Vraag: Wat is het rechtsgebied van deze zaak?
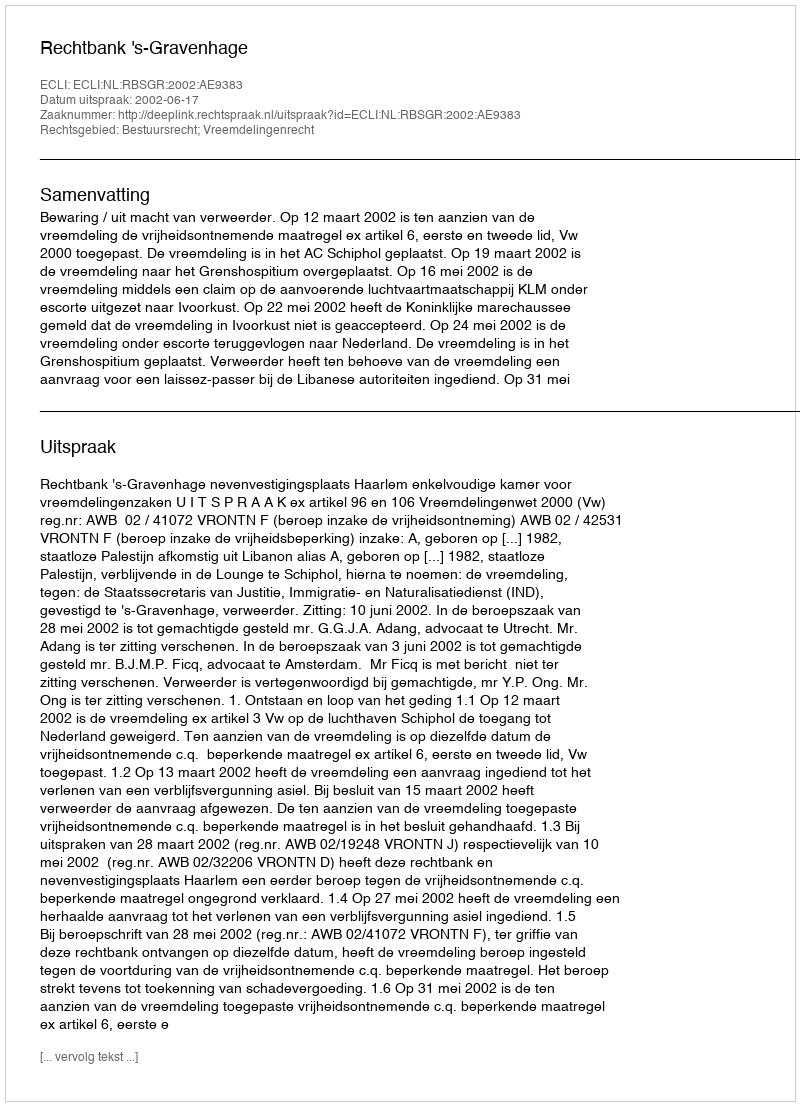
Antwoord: Bestuursrecht; Vreemdelingenrecht